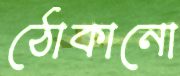
ঠোকানো